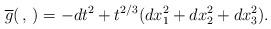
LaTeX: \begin{align*}\overline{g}(\,,\,)= -dt^ 2+ t^{2/3}(dx_1^2+dx_2^ 2+dx_3^ 2).\end{align*}